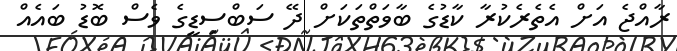
ރާއްޖެ އަށް އެތެރެކުރާ ކާޑުގެ ބާވަތްތަކަށް ދޭ ސަބްސިޑީގެ ވެސް ބޮޑު ބައެއް